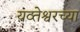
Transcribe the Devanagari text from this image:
यव्तेश्वरच्या